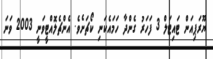
ޔޫރަޕިއަން ޓައިޓަލް 3 ފަހަރު ގެންދާ ހަމައެކަނި ކޯޗަށެވެ. އެންޗެލޮއްޓީވަނީ 2003 ވަނަ